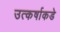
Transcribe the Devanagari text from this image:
उत्कर्षाकडे